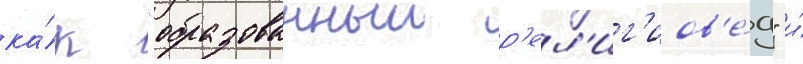
ка́к "образованныи р'ел'иг'иов'е́д" и́